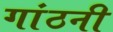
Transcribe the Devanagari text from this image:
गांठनी